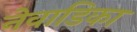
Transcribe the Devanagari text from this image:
नेवाडिका